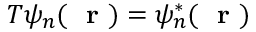
T \psi _ { n } ( \mathrm { ~ \bf ~ r ~ } ) = \psi _ { n } ^ { * } ( \mathrm { ~ \bf ~ r ~ } )